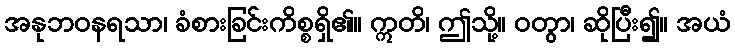
အနုဘဝနရသာ၊ ခံစားခြင်းကိစ္စရှိ၏။ ဣတိ၊ ဤသို့။ ဝတွာ၊ ဆိုပြီး၍။ အယံ